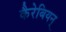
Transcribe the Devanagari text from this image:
कैरेबियन्